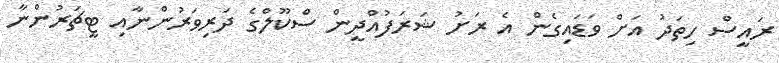
ރައީސް ހިތަދު އަށް ވަޑައިގެން އެ ރަށު ޝަރަފުއްދީން ސްކޫލްގެ ދަރިވަރުންނާއި ޓީޗަރުންނާ